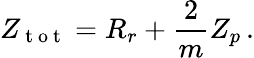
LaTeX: Z_{\mathrm{~t~o~t~}}=R_{r}+\frac{2}{m}Z_{p}\, .